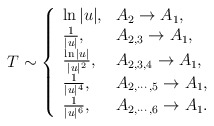
\begin{align*}T \sim \left\{ \begin{array}{ll} \ln |u| , & A_2 \to A_1 , \\ {1\over |u|}, & A_{2,3} \to A_1,\\ {\ln |u| \over |u|^2 }, & A_{2,3,4} \to A_1,\\ {1 \over |u|^4 }, & A_{2,\cdots,5} \to A_1,\\ {1 \over |u|^6 }, & A_{2,\cdots,6} \to A_1. \end{array}\right.\end{align*}